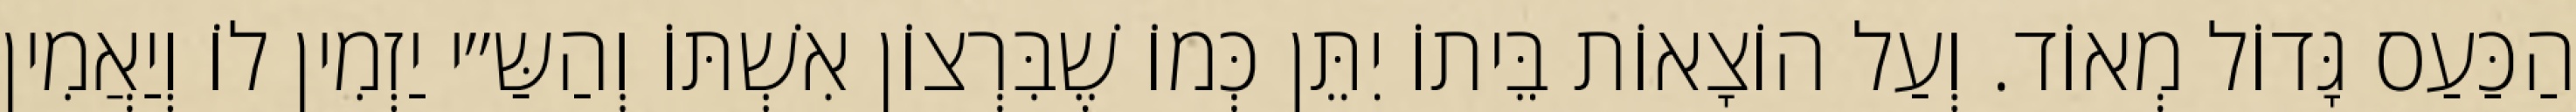
הַכַּעַס גָּדוֹל מְאוֹד. וְעַל הוֹצָאוֹת בֵּיתוֹ יִתֵּן כְּמוֹ שֶׁבִּרְצוֹן אִשְׁתּוֹ וְהַשַּ״י יַזְמִין לוֹ וְיַאֲמִין